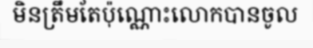
មិនត្រឹមតែប៉ុណ្ណោះលោកបានចូល